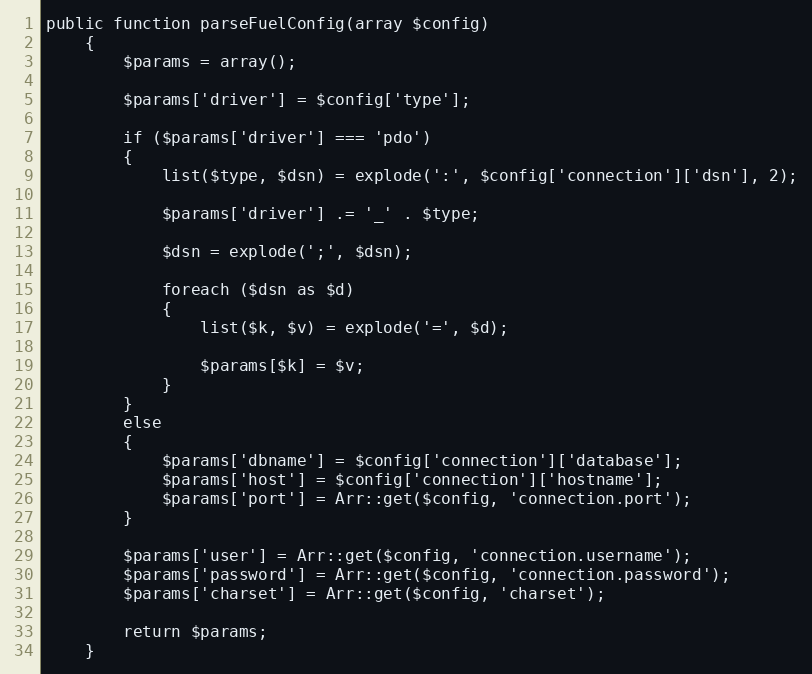
Language: PHP
public function parseFuelConfig(array $config)
	{
		$params = array();

		$params['driver'] = $config['type'];

		if ($params['driver'] === 'pdo')
		{
			list($type, $dsn) = explode(':', $config['connection']['dsn'], 2);

			$params['driver'] .= '_' . $type;

			$dsn = explode(';', $dsn);

			foreach ($dsn as $d)
			{
				list($k, $v) = explode('=', $d);

				$params[$k] = $v;
			}
		}
		else
		{
			$params['dbname'] = $config['connection']['database'];
			$params['host'] = $config['connection']['hostname'];
			$params['port'] = Arr::get($config, 'connection.port');
		}

		$params['user'] = Arr::get($config, 'connection.username');
		$params['password'] = Arr::get($config, 'connection.password');
		$params['charset'] = Arr::get($config, 'charset');

		return $params;
	}